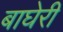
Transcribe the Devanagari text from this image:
बाघेरी